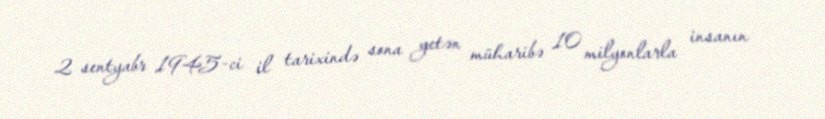
2 sentyabr 1945-ci il tarixində sona yetən müharibə 10 milyonlarla insanın